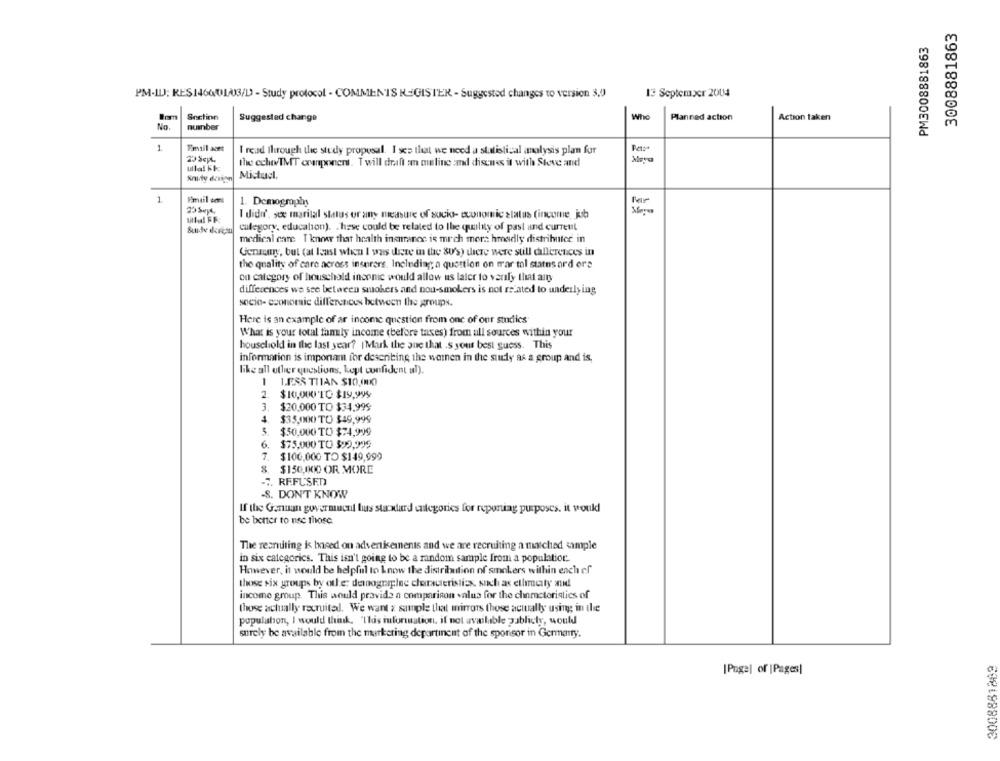
3008881863
PM3008881863
13 September 2004
PM-ILJ; RES146001/03/D - Study protocol - COMMENTS REGISTER - Suggested changes to version 3,0
Snctinn
Who
Suggested change
Planned action
Action taken
No.
number
1
I read through the study proposal. I see that we need a statistical analysis plan for
23 SepL,
the echoTMT cranponent. Twill draft : muline and discuss it with Steve and
Mictu:l.
1
1. Demography
I didi', see marital status or any measure of socio- economic status (income, jub
category, education). . hese could be related to the quality of past and current
medical care T know that health insurance is mich mer: hreadly distributor in
Gensny, but (at least when I was there in the SU's) there were still callerences in
the quality of care across insurers. Including a question on mar tal statns ord ors
on category of household income would allow us later to verify that am
differences we see between smokers and nou-smokers is not related to underlying
socio- economic differences between the groups.
Here is an example of ar income question from one of our studies
What is your total family income (before taxes) from all sources within your
household in the last year? |Mark the one that .S your best guess. This
information is important for describing the women in the study as a group and is,
like all other questions, kopt confident al).
1 1.JESS THAN $10,000
2.
$ 10,000 TO $19.999
3. $20.000 TO $34,99$
$35,000 TO $49,999
$50,000 TO $74,999
6.
$75,000 TO $99,999
7.
$106,000 TO $149,999
8. $150,000 OR MORE
. REFUSED
-8. DON'T KNOW
If the Gennan govermucul lus standard categories for reporting purposes. it would
be better to use those
The recruiting is based on advenkeinents and we are recruiting a matched sample
in six categories. This isn't going to be a random sample from a population.
However, it would be helpful to know the distribution of smokers within each ef
those six groups by other demnogriplee characteristics, such as ellimcity and
income group. This would provide a comparison valua for the chnmcteristics of
those actually recruital. We want z sample that mirrors those actually using in the
population, I would think. "This information, il not available publicly, would
surely be available from the marketing departincnt of the sponsor in Germany.
3008881889
[Page] of |Pages|